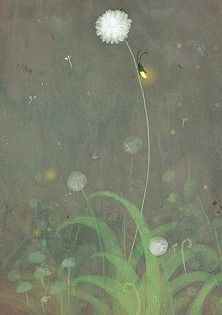
相逢秋月满，更值夜萤飞。